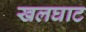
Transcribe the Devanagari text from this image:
खलघाट